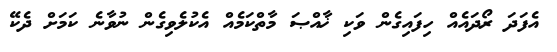
އެފަދަ ރޯދައެއް ހިފައިގެން ވަކި ޚާއްޞަ މާތްކަމެއް އެކުލެވިގެން ނުވާނެ ކަމަށް ދެކޭ